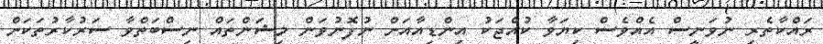
ރައްކާތެރި ނުވަނީސް އެއްވެސް ކިޔަވާ ކުއްޖަކު އިންޑިއާއަށް ނުފޮނުވަން މިޝަންތައް ނިސްބަތްވާ ސަރުކާރުތަކަށް